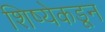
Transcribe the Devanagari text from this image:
शिष्येकडून